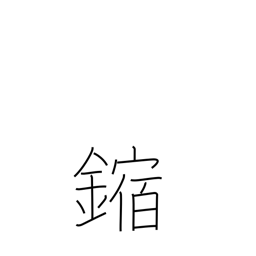
Meaning: corrosion